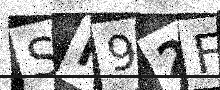
Text: SN92FS